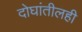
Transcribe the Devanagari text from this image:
दोघांतीलही